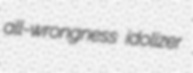
all-wrongness idolizer